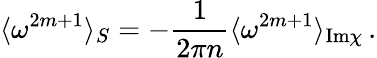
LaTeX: \langle\omega^{2m+1}\rangle_{S}=-\frac{1}{2\pi{n}}\langle\omega^{2m+1}\rangle_{\mathrm{Im}\chi}\, .